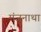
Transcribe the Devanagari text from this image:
मंजुनाथा